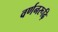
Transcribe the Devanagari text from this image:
वर्णनरूढ़ि